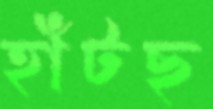
হাঁটছ